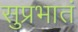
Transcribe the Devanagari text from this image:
सुप्रभातं